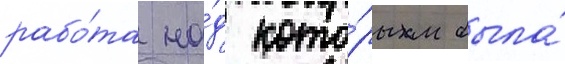
рабо́та на́д кото́рым была́